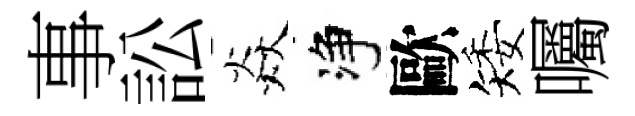
事訟焱净歐矮囑